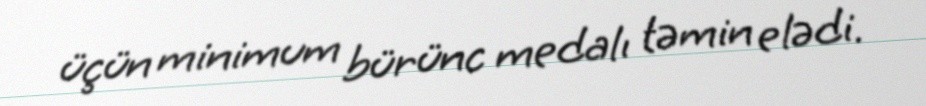
üçün minimum bürünc medalı təmin elədi.